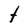
Character: t